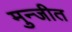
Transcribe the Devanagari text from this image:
मुन्जीत